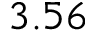
3 . 5 6